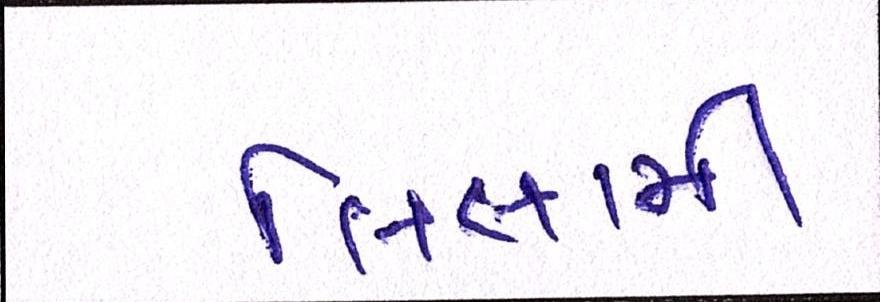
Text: લિલામી